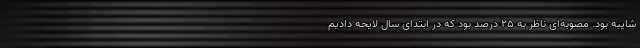
شایبه بود. مصوبه‌ای ناظر به ۲۵ درصد بود که در ابتدای سال لایحه دادیم